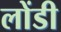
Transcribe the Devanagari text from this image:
लोंडी